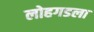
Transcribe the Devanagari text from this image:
लोहगडला